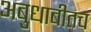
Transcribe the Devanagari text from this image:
अबुधाबीतच